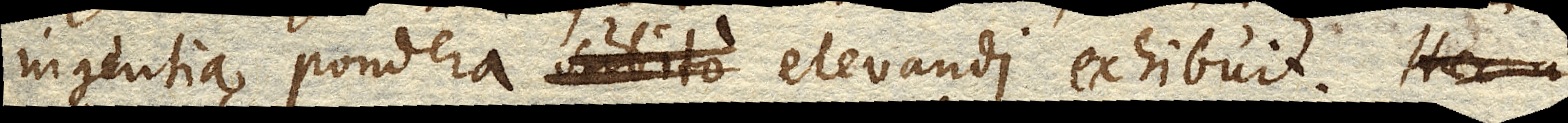
ingentia pondera subito elevandi exhibuit. Haec a